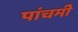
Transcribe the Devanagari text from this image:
पांचमी